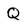
Character: Q